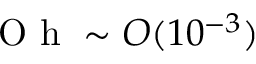
\mathrm { ~ O ~ h ~ } \sim O ( 1 0 ^ { - 3 } )